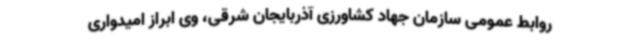
روابط عمومی سازمان جهاد کشاورزی آذربایجان شرقی، وی ابراز امیدواری